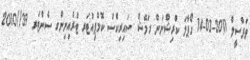
ތަފްސީލް 2011-03-14 ގޯޕާލަ ކްރިޝްނަން ރަމޭޝް ސައިރިކްސް ކޮމްޕިއުޓަރ ޓްރެއިނިންގ ސެންޓަރ 39//2010